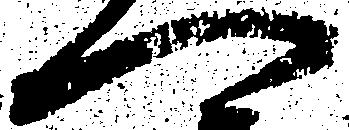
へ